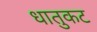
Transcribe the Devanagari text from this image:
धातुकट